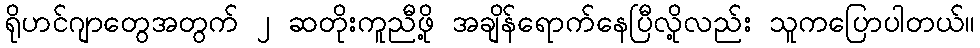
ရိုဟင်ဂျာတွေအတွက် ၂ ဆတိုးကူညီဖို့ အချိန်ရောက်နေပြီလို့လည်း သူကပြောပါတယ်။